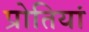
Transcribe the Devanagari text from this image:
प्रोतियां